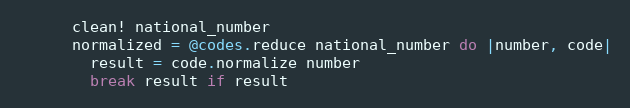
Language: Ruby
      clean! national_number
      normalized = @codes.reduce national_number do |number, code|
        result = code.normalize number
        break result if result